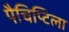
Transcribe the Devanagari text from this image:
पैचिप्टिला